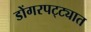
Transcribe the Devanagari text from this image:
डोंगरपट्ट्यात